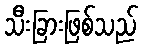
သီးခြားဖြစ်သည်